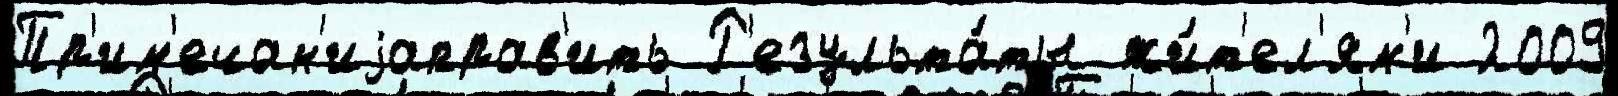
Пр'им'ечан'иjаправ'ить Р'езульта́ты жи́т'ел'ям'и 2009